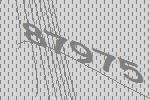
87975